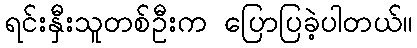
ရင်းနှီးသူတစ်ဦးက ပြောပြခဲ့ပါတယ်။